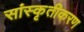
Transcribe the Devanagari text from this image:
सांस्कृतीकरण